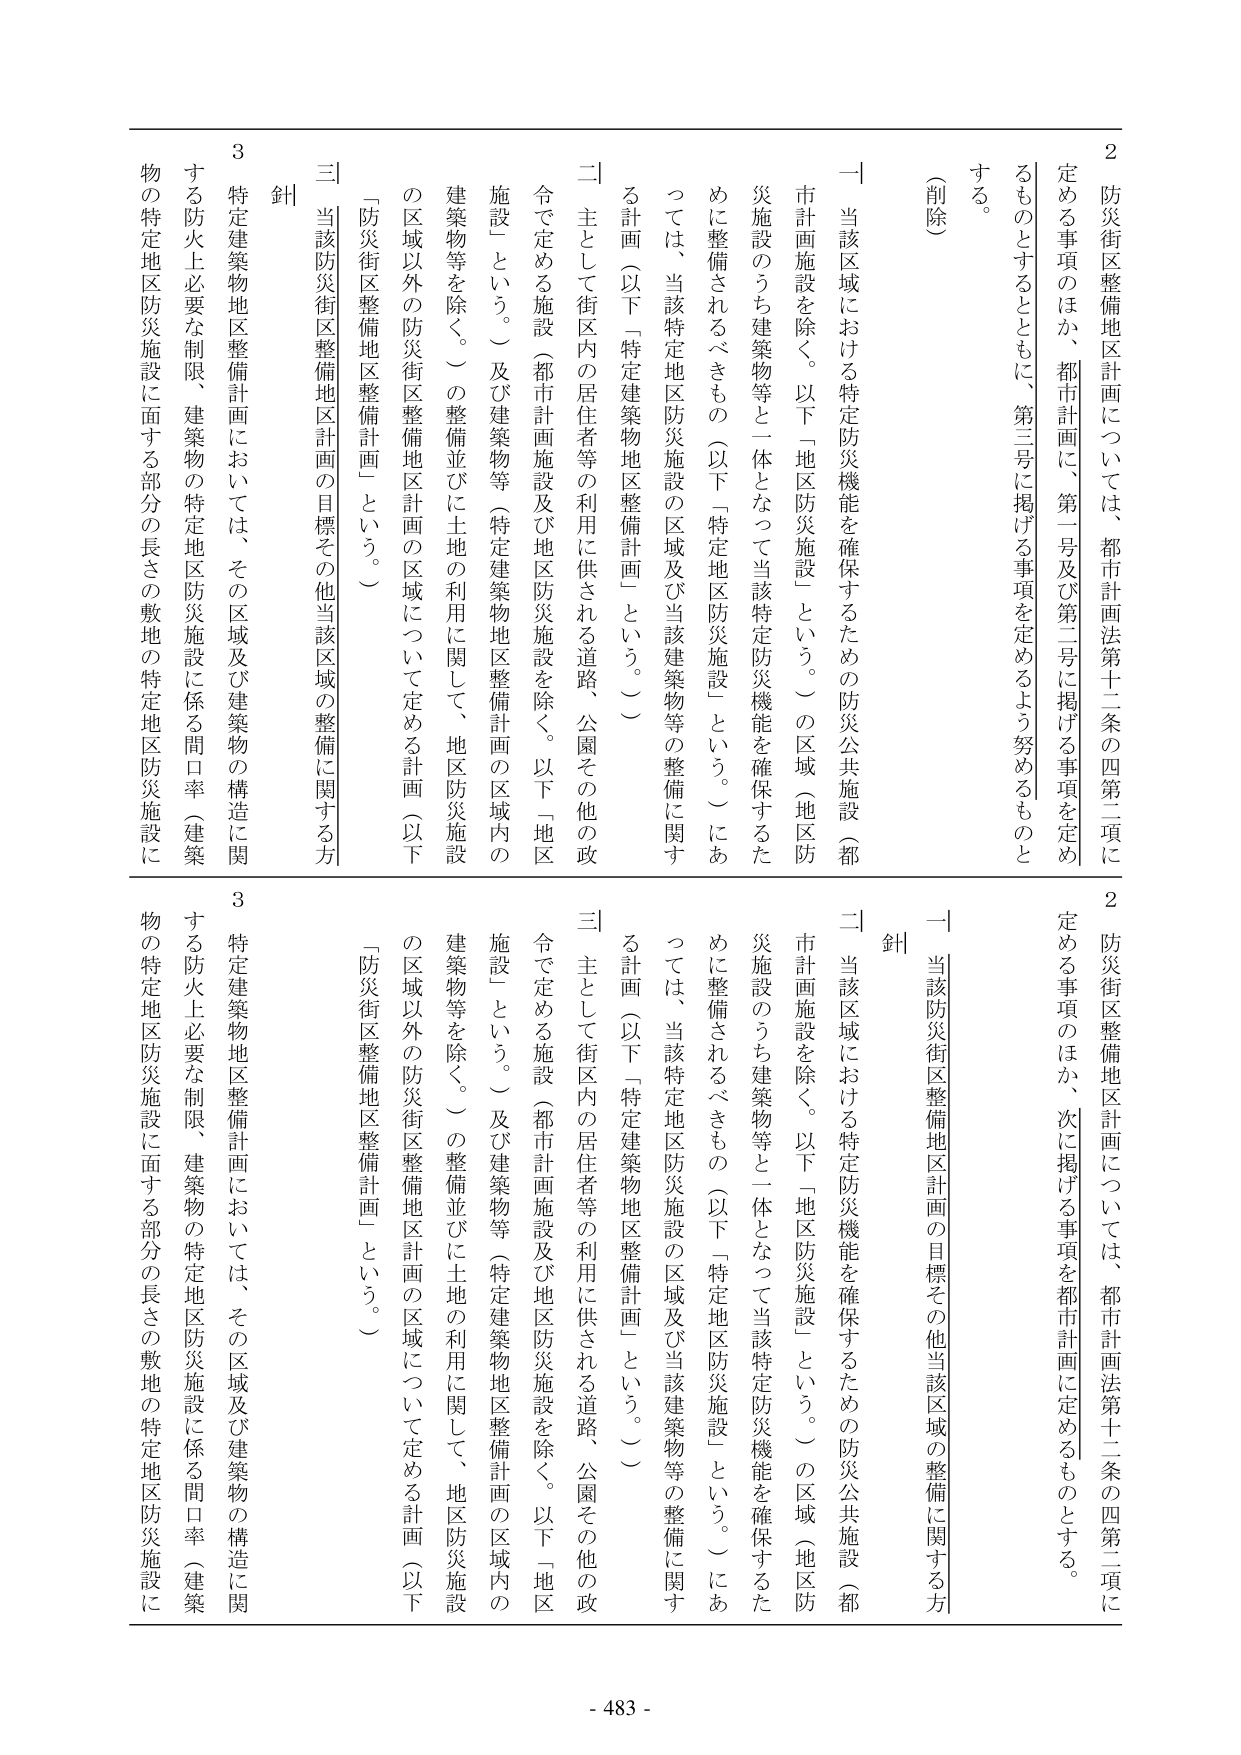
2 防災街区整備地区計画については、都市計画法第十二条の四第二項に定める事項のほか、第三号に掲げる事項を定めるよう努めるものとする。

（削除）

一 当該区域における特定防災機能を確保するための防災公共施設（都市計画施設を除く。以下「地区防災施設」という。）の区域（地区防災施設のうち建築物等と一体となって当該特定防災機能を確保するために整備されるべきもの（以下「特定地区防災施設」という。）にあっては、当該特定地区防災施設の区域及び当該建築物等の整備に関する計画（以下「特定建築物地区整備計画」という。））

二 主として街区内の居住者等の利用に供される道路、公園その他の政令で定める施設（都市計画施設及び地区防災施設を除く。以下「地区施設」という。）及び建築物等（特定建築物地区整備計画の区域内の建築物等を除く。）の整備並びに土地の利用に関して、地区防災施設の区域以外の防災街区整備地区計画の区域について定める計画（以下「防災街区整備地区整備計画」という。）

三 当該防災街区整備地区計画の目標その他当該区域の整備に関する方針

3 特定建築物地区整備計画においては、その区域及び建築物の構造に関する防火上必要な制限、建築物の特定地区防災施設に係る間口率（建築物の特定地区防災施設に面する部分の長さの敷地の特定地区防災施設に

2 防災街区整備地区計画については、都市計画法第十二条の四第二項に定める事項のほか、次に掲げる事項を都市計画に定めるものとする。

一 当該防災街区整備地区計画の目標その他当該区域の整備に関する方針

二 当該区域における特定防災機能を確保するための防災公共施設（都市計画施設を除く。以下「地区防災施設」という。）の区域（地区防災施設のうち建築物等と一体となって当該特定防災機能を確保するために整備されるべきもの（以下「特定地区防災施設」という。）にあっては、当該特定地区防災施設の区域及び当該建築物等の整備に関する計画（以下「特定建築物地区整備計画」という。））

三 主として街区内の居住者等の利用に供される道路、公園その他の政令で定める施設（都市計画施設及び地区防災施設を除く。以下「地区施設」という。）及び建築物等（特定建築物地区整備計画の区域内の建築物等を除く。）の整備並びに土地の利用に関して、地区防災施設の区域以外の防災街区整備地区計画の区域について定める計画（以下「防災街区整備地区整備計画」という。）

3 特定建築物地区整備計画においては、その区域及び建築物の構造に関する防火上必要な制限、建築物の特定地区防災施設に係る間口率（建築物の特定地区防災施設に面する部分の長さの敷地の特定地区防災施設に

- 483 -